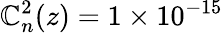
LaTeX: \mathbb{C}_{n}^{2}(z)=1\times10^{-15}